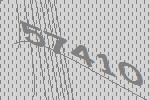
57410